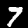
Digit: 7